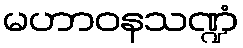
မဟာဝနသဏ္ဍံ